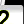
Digit: 2